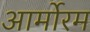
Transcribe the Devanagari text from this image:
आर्मोरम